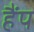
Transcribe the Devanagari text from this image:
हैंप